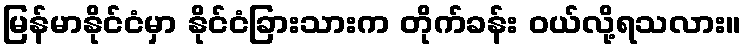
မြန်မာနိုင်ငံမှာ နိုင်ငံခြားသားက တိုက်ခန်း ဝယ်လို့ရသလား။